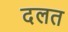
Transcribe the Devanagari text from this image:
दलत